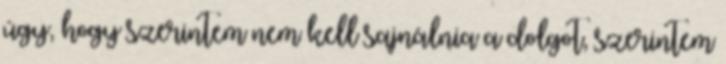
úgy, hogy szerintem nem kell sajnálnia a dolgot, szerintem